Vaccination in Burma 1912-1922 - 1912-1922
Year: 1912
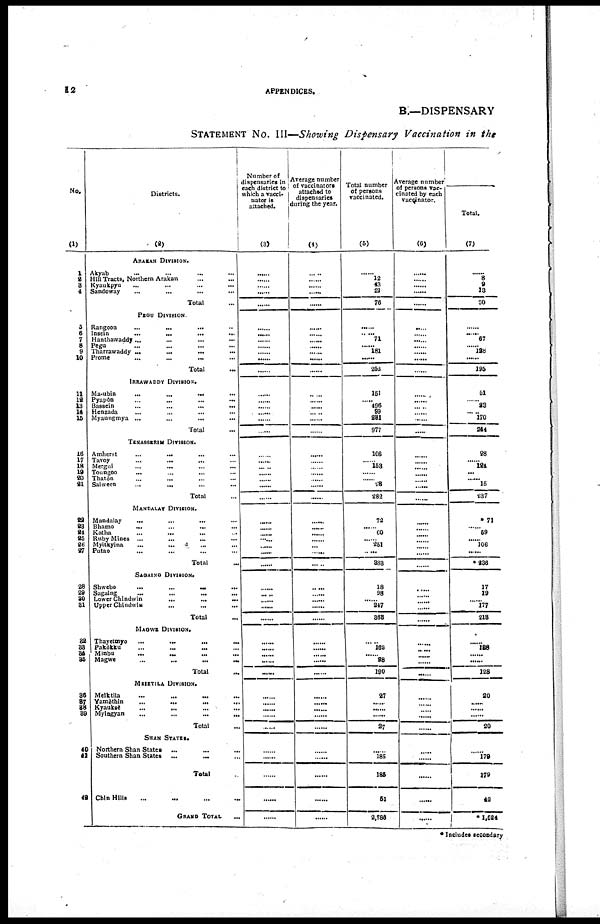
12
APPENDICES.
B.—DISPENSARY
STATEMENT No. III—Showing Dispensary Vaccination in the
No.
(1)
1
2 3
4
5
6
7
8
9
10
11
12
13
14
15
16
17
18
19
20
21
22
23
24
25
26
27
28
29
30
31
32
33
34
35
36
37
38
39
40
41
48
Districts.
(2)
ARAKAN DIVISION.
Akyab ... ... ... ...
Hill Tracts, Northern Arakan ... ...
Kyaukpyu ... ... ...
Sandoway ... ... ...
Total ...
PEGU DIVISION.
Rangoon
...
...
...
Insein ... ... ...
Hanthawaddy... ... ...
Pegu ... ... ...
Tharrawaddy
...
...
...
...
Prome
...
...
...
...
Total ...
IRRAWADDY DIVISION.
Ma-ubin
...
...
...
...
Pyapôn
...
...
...
...
Bassein ... ... ... ...
Henzada ... ... ... ...
Myaungmya ... ... ... ...
Total ...
TENASSRRIM DIVISION.
Amherst
...
...
...
...
Tavoy
...
...
...
...
Mergul ... ... ... ...
Toungoo
...
...
...
...
Thatôn ... ... ... ...
Salween
...
...
...
...
Total ...
MANDALAY DIVISION.
Mandalay ... ... ... ...
Bhamo
...
...
...
...
Katha ... ... ... ...
Ruby Mines
...
...
...
...
Myltkyina
...
...
...
...
Putao ... ... ... ...
Total
...
SAGAING DIVISION.
Shwebo
...
...
...
...
Sagaing
...
...
...
...
Lower Chindwin
...
...
...
...
Upper Chindwin ... ... ... ...
Total ...
MAGWE DIVISION.
Thayetmyo ... ... ... ...
Pakôkku ... ... ... ...
Minbu ... ... ... ...
Magwe
...
...
...
...
Total ...
MEIKTILA DIVISION.
Meiktila ... ... ... ...
Yamèthin
...
...
...
...
Kyauksè ... ... ... ...
Myingyan
...
...
...
...
Total ...
SHAN STATES.
Northern Shan States
...
...
...
Southern Shan States
...
...
...
Total ...
Chin Hills ... ... ... ...
GRAND TOTAL
...
Number of
dispensaries in
each district to
which a vacci-
nator is
attached.
(3)
......
......
......
......
......
......
......
......
......
......
......
......
......
......
......
......
......
......
......
...... ......
......
...... ......
......
......
......
...... ......
...... ......
......
......
...... ......
......
......
......
...... ......
......
......
......
......
......
......
......
......
......
......
......
......
Average number
of vaccinators
attached to
dispensaries
during the year.
(4)
......
......
...... ......
......
......
......
...... ......
......
......
......
......
......
...... ......
......
......
......
......
......
......
...... ......
......
......
......
...... ......
...... ......
......
......
......
...... ......
......
......
...... ......
......
......
......
......
......
......
......
......
......
......
......
......
Total number
of persons
vaccinated.
(5)
......
12
43
21
76
......
...... 71
...... 181
......
252
151
...... 496
99
281
977
106
...... 153
......
......
28
282
72
......
60
...... 251
......
383
18
98
...... 247
363
......
162
......
28
190
27
......
......
......
27
......
185
185
51
2,786
Average number
of persons vac-
cinated by each
vaccinator.
(6)
......
......
......
......
......
......
......
......
......
...... ......
......
......
...... ......
......
......
.....
......
......
......
......
...... ......
......
......
......
...... ......
...... ......
......
......
......
......
......
......
......
......
......
......
......
......
...... ......
......
......
......
......
......
......
......
Total.
(7)
......
8
8
13
30
......
...... 67
...... 128
......
195
51
......
28
...... 170
244
28
...... 124
......
......
15
237
71
......
59
...... 106
......
236
17
19
...... 177
213
......
188
...... ......
128
20
......
......
......
20
......
179
179
42
*1,624
* Includes secondary